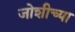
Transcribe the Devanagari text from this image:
जोशीच्या